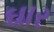
ઘાર